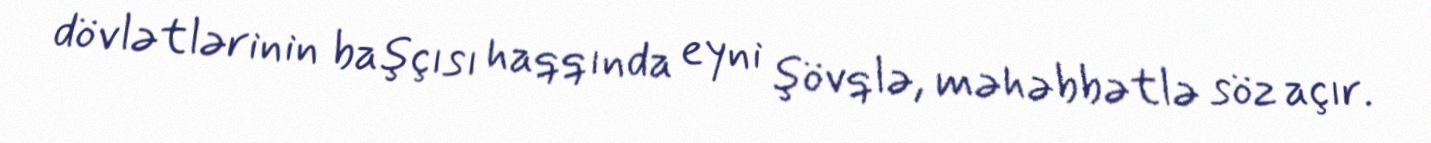
dövlətlərinin başçısı haqqında eyni şövqlə, məhəbbətlə söz açır.